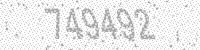
Solution: 749492